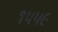
૧૫૫૯